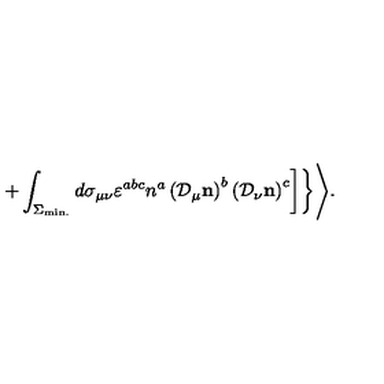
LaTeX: \left. \left. + \int _ { \Sigma _ { \mathrm { m i n . } } } ^ { } d \sigma _ { \mu \nu } \varepsilon ^ { a b c } n ^ { a } \left( { \cal D } _ { \mu } { \bf n } \right) ^ { b } \left( { \cal D } _ { \nu } { \bf n } \right) ^ { c } \right] \right\} \Biggr > .